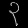
Digit: ၃